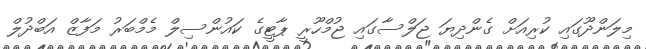
މިލަންދޫގައި ކުރިއަށް ގެންދިޔަ ޖަލްސާގައި ޖުމްހޫރީ ޕާޓީގެ ކައުންސިލް މެމްބަރު މަފާޒް އަބްދުލް